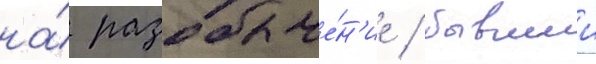
на́ разоблаче́н'ие / бывшии